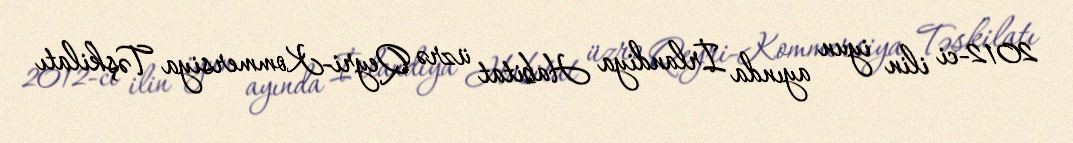
2012-ci ilin iyun ayında İrlandiya Habitat üzrə Qeyri-Kommersiya Təşkilatı